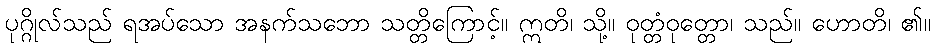
ပုဂ္ဂိုလ်သည် ရအပ်သော အနက်သဘော သတ္တိကြောင့်။ ဣတိ၊ သို့။ ဝုတ္တံဝုတ္တော၊ သည်။ ဟောတိ၊ ၏။